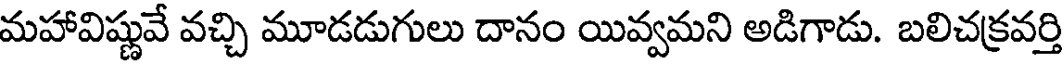
మహావిష్ణువే వచ్చి మూడడుగులు దానం యివ్వమని అడిగాడు. బలిచక్రవర్తి